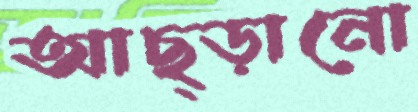
আছ্‌ড়ানো